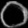
Digit: ၀